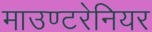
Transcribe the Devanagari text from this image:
माउण्टरेनियर